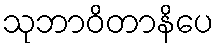
သုဘာဝိတာနိပေ